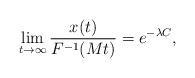
LaTeX: \begin{align*} \lim_{t\to\infty} \frac{x(t)}{F^{-1}(Mt)}= e^{-\lambda C},\end{align*}